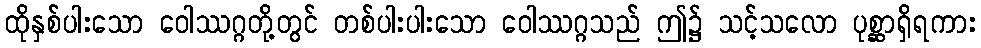
ထိုနှစ်ပါးသော ဝေါဿဂ္ဂတို့တွင် တစ်ပါးပါးသော ဝေါဿဂ္ဂသည် ဤ၌ သင့်သလော ပုစ္ဆာရှိရကား